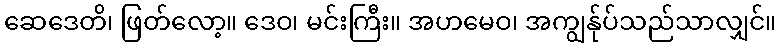
ဆေဒေတိ၊ ဖြတ်လော့။ ဒေဝ၊ မင်းကြီး။ အဟမေဝ၊ အကျွန်ုပ်သည်သာလျှင်။